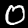
Label: 0